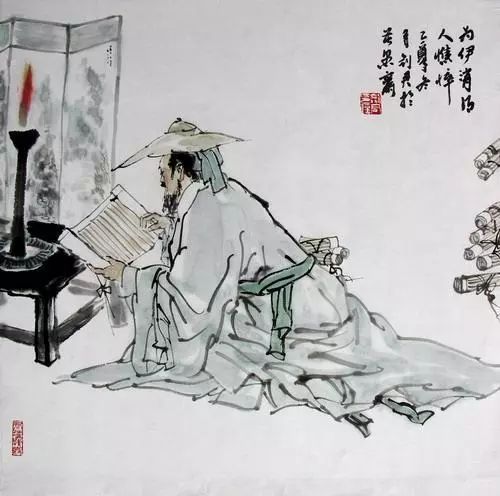
狎兴生疏，酒徒萧索，不似少年时。